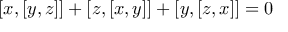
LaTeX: [ x , [ y , z ] ] + [ z , [ x , y ] ] + [ y , [ z , x ] ] = 0